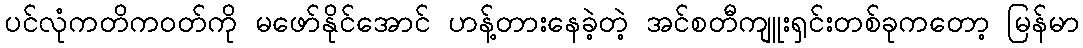
ပင်လုံကတိကဝတ်ကို မဖော်နိုင်အောင် ဟန့်တားနေခဲ့တဲ့ အင်စတီကျူးရှင်းတစ်ခုကတော့ မြန်မာ